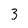
Character: 3